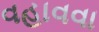
વહાવવા